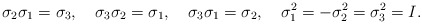
\begin{align*}\sigma_2 \sigma_1 =\sigma_3,\quad\sigma_3 \sigma_2 =\sigma_1,\quad\sigma_3 \sigma_1 =\sigma_2,\quad\sigma_1^2=- \sigma_2^2 =\sigma_3^2=I.\end{align*}